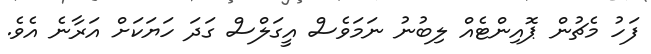
ފަހު މެޗުން ޕޮއިންޓެއް ލިބުނު ނަމަވެސް އީގަލްސް ގަދަ ހަޔަކަށް އަރާނެ އެވެ.